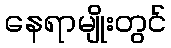
နေရာမျိုးတွင်